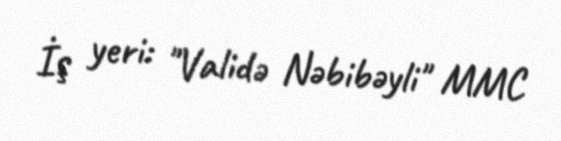
İş yeri: "Validə Nəbibəyli" MMC